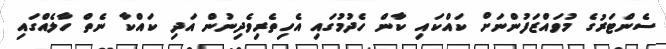
ސެންޓަރުގެ މުވައްޒަފުންނަށް ކައްކައި ކާން ހެދުމުގައި އެހިތެރިވެދިނުން އަދި ކައްކާ ނެތް ހާލެއްގައި